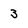
Character: 3